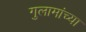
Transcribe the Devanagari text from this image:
गुलामांच्या